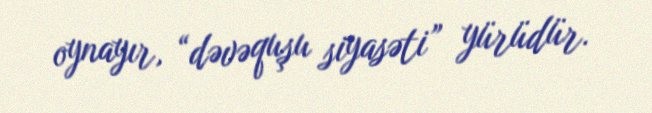
oynayır, “dəvəquşu siyasəti” yürüdür.